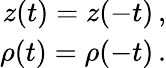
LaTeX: \begin{array}{r}{z(t)=z(-t)\, ,}\\ {\rho(t)=\rho(-t)\, .}\end{array}